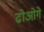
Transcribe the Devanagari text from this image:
ढोओगे